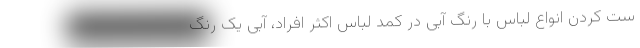
ست کردن انواع لباس با رنگ آبی در کمد لباس اکثر افراد، آبی یک رنگ